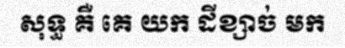
សុទ្ធ គឺ គេ យក ដីខ្សាច់ មក